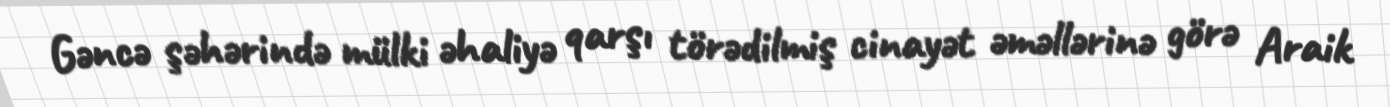
Gəncə şəhərində mülki əhaliyə qarşı törədilmiş cinayət əməllərinə görə Araik